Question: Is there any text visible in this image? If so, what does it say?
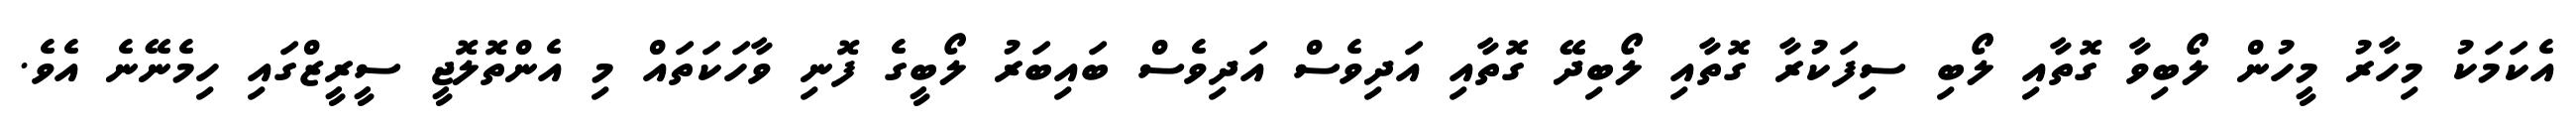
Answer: އެކަމަކު މިހާރު މީހުން ލޯބިވާ ގޮތާއި ލޯބި ސިފަކުރާ ގޮތާއި ލޯބިދޭ ގޮތާއި އަދިވެސް އަދިވެސް ބައިބަރު ލޯބީގެ ފޮނި ވާހަކަތައް މި އެންތޮލޮޖީ ސީރީޒްގައި ހިމެނޭނެ އެވެ.